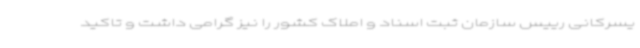
یسرکانی رییس سازمان ثبت اسناد و املاک کشور را نیز گرامی داشت و تاکید